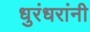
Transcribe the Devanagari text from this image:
धुरंधरांनी